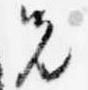
先